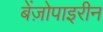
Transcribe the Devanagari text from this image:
बेंज़ोपाइरीन